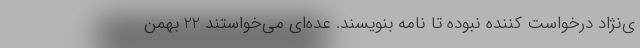
ی‌نژاد درخواست کننده نبوده تا نامه بنویسند. عده‌ای می‌خواستند 22 بهمن